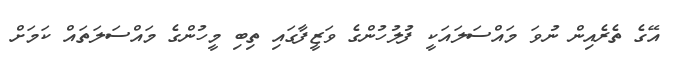
އޭގެ ތެރެއިން ނުވަ މައްސަލައަކީ ފުލުހުންގެ ވަޒީފާގައި ތިބި މީހުންގެ މައްސަލަތައް ކަމަށް